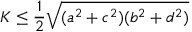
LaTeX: K \leq { \frac { 1 } { 2 } } { \sqrt { ( a ^ { 2 } + c ^ { 2 } ) ( b ^ { 2 } + d ^ { 2 } ) } }